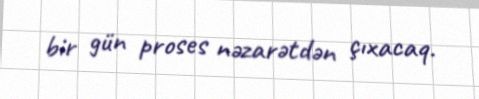
bir gün proses nəzarətdən çıxacaq.